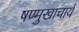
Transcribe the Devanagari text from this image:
षण्मुखाचार्य